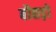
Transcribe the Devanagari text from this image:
बौछड़ों